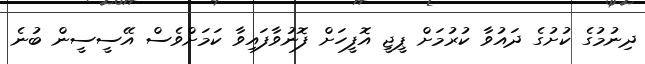
ދިނުމުގެ ކުށުގެ ދައުވާ ކުރުމަށް ޕީޖީ އޮފީހަށް ފޮނުވާފައިވާ ކަމަށްވެސް އޭސީސީން ބުނެ